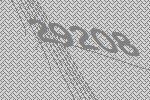
29208